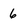
Character: 6